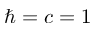
\hbar = c = 1